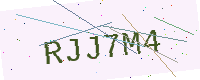
Text: RJJ7M4